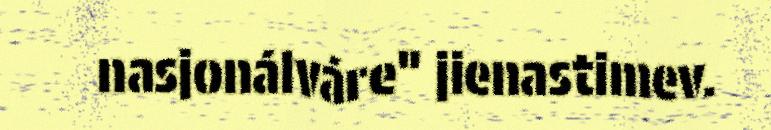
nasjonálváre" jienastimev.